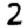
Digit: 2